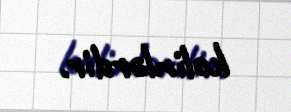
kolinlərdir.